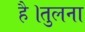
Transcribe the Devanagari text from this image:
है।तुलना